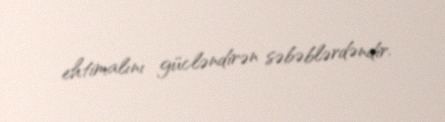
ehtimalını gücləndirən səbəblərdəndir.